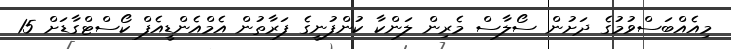
މިއެއްބަސްވުމުގެ ދަށުން ސޯލާސް މެރިން ލަންކާ ކުންފުނީގެ ފަރާތުން އެމްއެންޑީއެފް ކޯސްޓްގާޑަށް 15